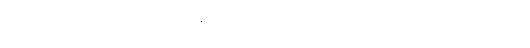
မြန်မာအမျိုးသမီးတွေရဲ့ တန်းတူညီမှုကို အသားပေးပြီး ယဉ်ကျေးမှုပိုင်းမှာ